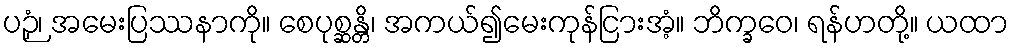
ပဉှံ၊ အမေးပြဿနာကို။ စေပုစ္ဆန္တိ၊ အကယ်၍မေးကုန်ငြားအံ့။ ဘိက္ခဝေ၊ ရန်ဟတို့။ ယထာ